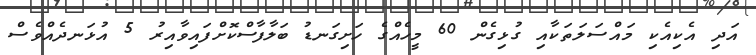
އަދި އެކިއެކި މައްސަލަތަކާއި ގުޅިގެން 60 މީހެއްގެ ހަށިގަނޑު ބަލާފާސްކޮށްފައިވާއިރު 5 އުޅަނދެއްވެސް